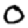
Digit: 0